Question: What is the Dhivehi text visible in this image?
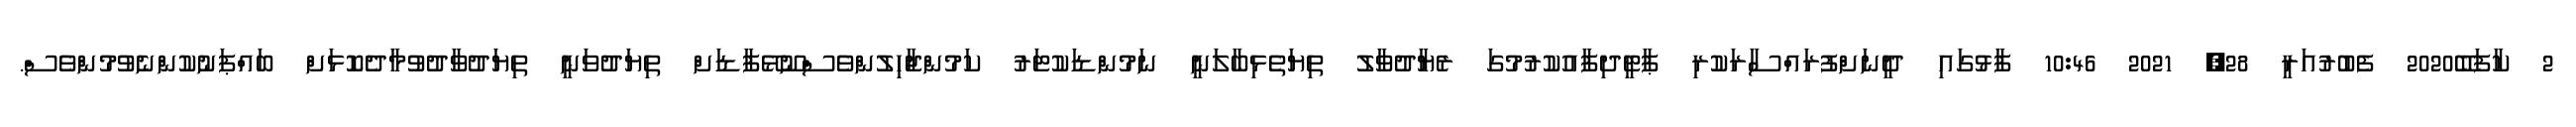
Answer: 2 ކާފަބޭ2020 ފެބުރުއަރީ 28, 2021 10:46 ފާޅުގައި ދީނަށްފުރައްސާރަކުރި ޕާޓީދިފާއުކުރުމުގަ ރެޔާދުވާލު ތިޔަތެޅިބާލަނީ ނަމުންޑަކުޓަރު ކަމުންޖާހިލުންވެސްނޫޅޭފާޑަށް ތިޔަދުވަނީ ތިޔަދުވާދުވުމާދެކޮޅަށް ބައްޕަނުކުންނެވުމުންވެސް.